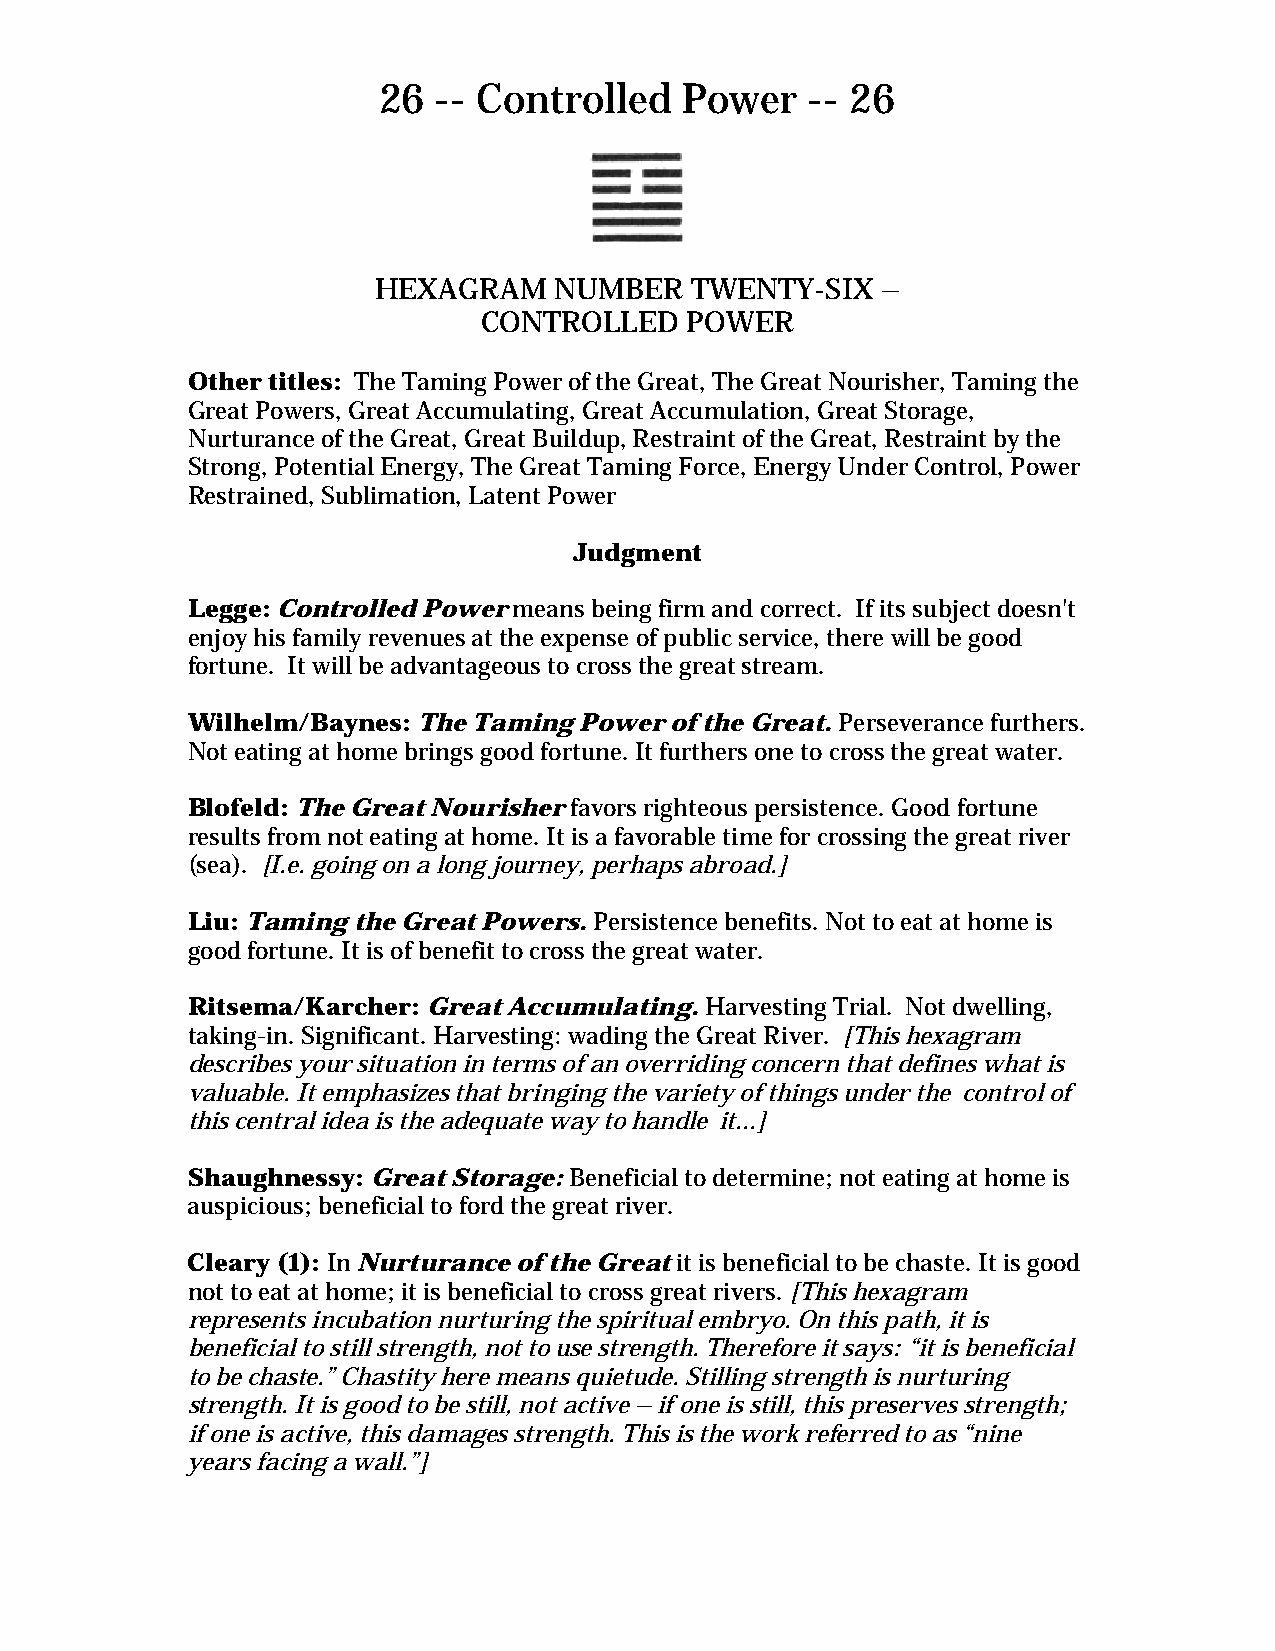
26  -- Controlled   Power    -- 26
 HEXAGRAM    NUMBER   TWENTY-SIX  –
 CONTROLLED   POWER
 Other titles: The Taming Power of the Great, The Great Nourisher, Taming the
 Great Powers, Great Accumulating, Great Accumulation, Great Storage,
 Nurturance of the Great, Great Buildup, Restraint of the Great, Restraint by the
 Strong, Potential Energy, The Great Taming Force, Energy Under Control, Power
 Restrained, Sublimation, Latent Power
 Judgment
 Legge: Controlled Power means being firm and correct. If its subject doesn't
 enjoy his family revenues at the expense of public service, there will be good
 fortune. It will be advantageous to cross the great stream.
 Wilhelm/Baynes: The Taming Power of the Great. Perseverance furthers.
 Not eating at home brings good fortune. It furthers one to cross the great water.
 Blofeld: The Great Nourisher favors righteous persistence. Good fortune
 results from not eating at home. It is a favorable time for crossing the great river
 (sea). [I.e. going on a long journey, perhaps abroad.]
 Liu: Taming the Great Powers. Persistence benefits. Not to eat at home is
 good fortune. It is of benefit to cross the great water.
 Ritsema/Karcher: Great Accumulating. Harvesting Trial. Not dwelling,
 taking-in. Significant. Harvesting: wading the Great River. [This hexagram
 describes your situation in terms of an overriding concern that defines what is
 valuable. It emphasizes that bringing the variety of things under the control of
 this central idea is the adequate way to handle it...]
 Shaughnessy: Great Storage: Beneficial to determine; not eating at home is
 auspicious; beneficial to ford the great river.
 Cleary (1): In Nurturance of the Great it is beneficial to be chaste. It is good
 not to eat at home; it is beneficial to cross great rivers. [This hexagram
 represents incubation nurturing the spiritual embryo. On this path, it is
 beneficial to still strength, not to use strength. Therefore it says: “it is beneficial
 to be chaste.” Chastity here means quietude. Stilling strength is nurturing
 strength. It is good to be still, not active – if one is still, this preserves strength;
 if one is active, this damages strength. This is the work referred to as “nine
 years facing a wall.”]